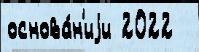
основа́н'иjи 2022